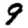
Digit: 9